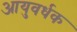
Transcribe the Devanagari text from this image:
आयुवर्धक